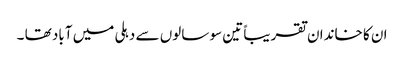
ان کا خاندان تقریباً تین سو سالوں سے دہلی میں آباد تھا ۔